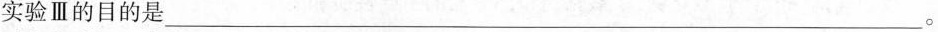
实验Ⅲ的目的是___。